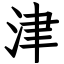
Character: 津